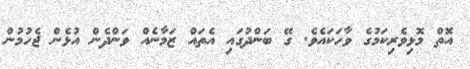
އޮތް މޮޅިވެރިކަމުގެ ވާހަކައެވެ. ގޭ ބަންދުގައި އެތައް ޒަމާނެއް ވަންދެން އުޅެން ޖެހުމުން